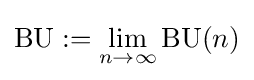
\operatorname {BU} :=\lim _{n\rightarrow \infty }\operatorname {BU} (n)